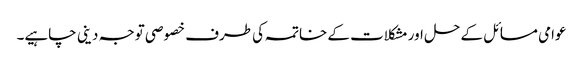
عوامی مسائل کے حل اور مشکلات کے خاتمہ کی طرف خصوصی توجہ دینی چاہیے۔